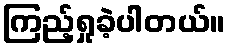
ကြည့်ရှုခဲ့ပါတယ်။